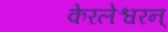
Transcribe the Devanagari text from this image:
केरलेश्वरन्